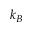
k _ { B }